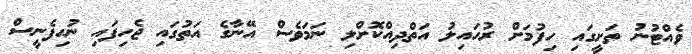
ވެއްޓުނު ތަށީގައި ހިފުމަށް ރުހައިލު އަތްދިއްކޮށްލި ނަމަވެސް އޭނާގެ އަތުގައި ޖެހިފައި ނުހިފެނީސް